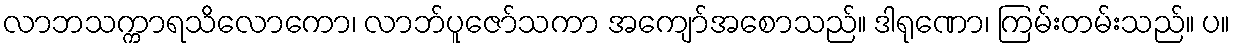
လာဘသက္ကာရသိလောကော၊ လာဘ်ပူဇော်သကာ အကျော်အစောသည်။ ဒါရုဏော၊ ကြမ်းတမ်းသည်။ ပ။